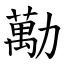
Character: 勱